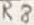
Text: R8